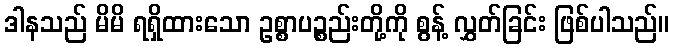
ဒါနသည် မိမိ ရရှိထားသော ဥစ္စာပဉ္စည်းတို့ကို စွန့် လွှတ်ခြင်း ဖြစ်ပါသည်။